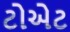
ટોએટ